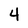
Character: 4